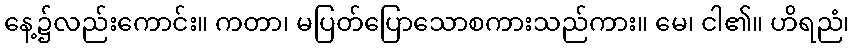
နေ့၌လည်းကောင်း။ ကတာ၊ မပြတ်ပြောသောစကားသည်ကား။ မေ၊ ငါ၏။ ဟိရညံ၊